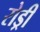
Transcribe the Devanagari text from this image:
रोड्री